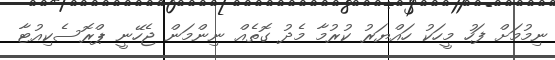
ނިމުމަށް ފަހު މީހަކު ހައްޔަރު ކުރުމާ މެދު ގޮތެއް ނިންމަން ޖެހޭނީ ޕްރޮސެކިއުޓާ